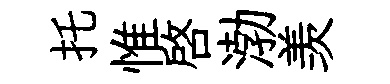
托惟啓渤羡